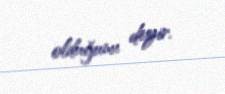
olduğunu deyir.